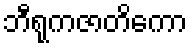
ဘီရုကဇာတိကော